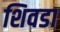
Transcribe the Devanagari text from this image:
शिवडा